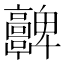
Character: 𩫮